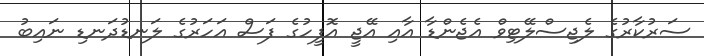
ސަރުކާރުގެ ލެޖިސްލޭޓިވް އެޖެންޑާ އާއި އޭޖީ އޮފީހުގެ ފަސް އަހަރުގެ ލަނޑުދަނޑި ނައިބު